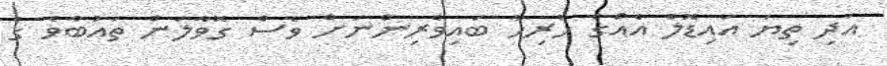
އަދި ތިޔަ އައިޑޮލް އެއްގެ ހުރިހާ ބައިވެރިންނަށް ވެސް ގޮވާލަން ތައުބާވެ ގެ